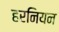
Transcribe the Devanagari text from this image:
हरनियन